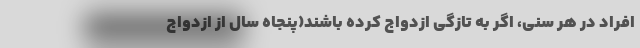
افراد در هر سنی، اگر به تازگی ازدواج کرده باشند(پنجاه سال از ازدواج